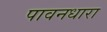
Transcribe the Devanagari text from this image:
पावनधारा